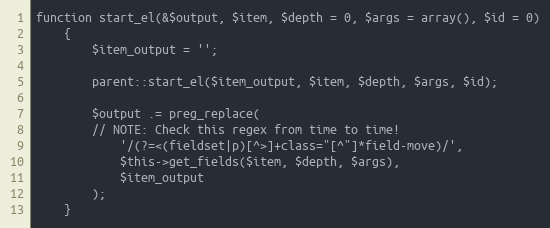
Language: PHP
function start_el(&$output, $item, $depth = 0, $args = array(), $id = 0)
    {
        $item_output = '';

        parent::start_el($item_output, $item, $depth, $args, $id);

        $output .= preg_replace(
        // NOTE: Check this regex from time to time!
            '/(?=<(fieldset|p)[^>]+class="[^"]*field-move)/',
            $this->get_fields($item, $depth, $args),
            $item_output
        );
    }